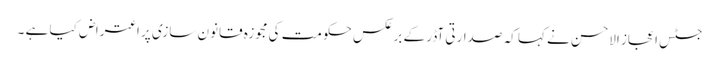
جسٹس اعجاز الاحسن نے کہا کہ صدارتی آڈر کے برعکس حکومت کی مجوزہ قانون سازی پر اعتراض کیا ہے ۔